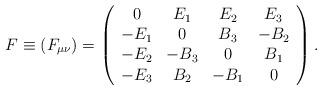
\begin{align*}F \equiv(F_{\mu\nu}) =\left(\begin{array}{cccc}0&E_1&E_2&E_3\\-E_1&0&B_3&-B_2\\-E_2&-B_3&0&B_1\\-E_3&B_2&-B_1&0\end{array}\right).\end{align*}